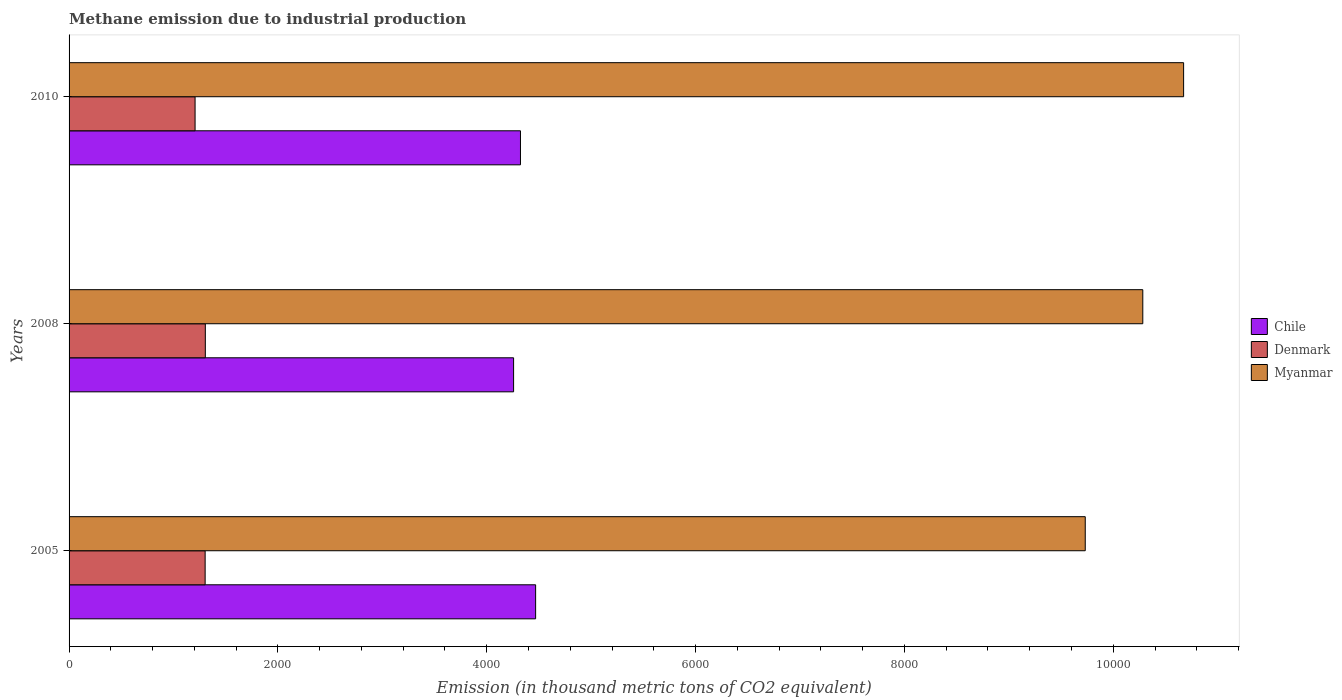
| Years | Chile | Denmark | Myanmar |
 | --- | --- | --- | --- |
 | 2005 | 4.47e+03 | 1.3e+03 | 9.73e+03 |
 | 2008 | 4.26e+03 | 1.3e+03 | 1.03e+04 |
 | 2010 | 4.32e+03 | 1.21e+03 | 1.07e+04 |